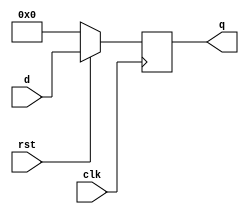
`timescale 1ns/1ns

module reg8(clk, rst, d, q);
	input        clk, rst;
	input  [7:0] d;
	output [7:0] q;
	reg    [7:0] q;
	
	always@(posedge clk) begin
		if(rst == 1'b0) begin
			q <= 8'b00000000;
		end else begin
			q <= d;
		end
	end
	
endmodule